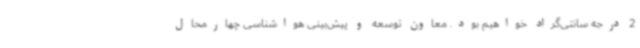
2 درجه سانتی‌گراد خواهیم بود. معاون توسعه و پیش‌بینی هواشناسی چهارمحال